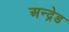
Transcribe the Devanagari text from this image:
अन्द्रेड